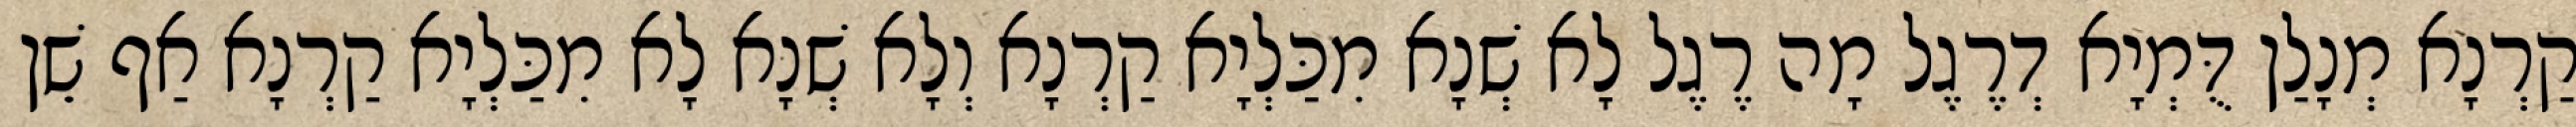
קַרְנָא מְנָלַן דֻּמְיָא דְרֶגֶל מָה רֶגֶל לָא שְׁנָא מִכַּלְיָא קַרְנָא וְלָא שְׁנָא לָא מִכַּלְיָא קַרְנָא אַף שֵׁן